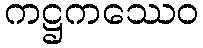
ကဋ္ဌကဿေဝ